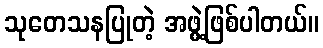
သုတေသနပြုတဲ့ အဖွဲ့ဖြစ်ပါတယ်။